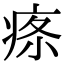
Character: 𤶔